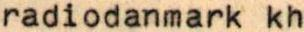
radiodanmark kh